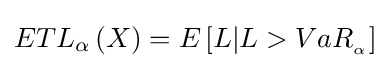
ET{L_{\alpha }}\left(X\right)=E\left[{L|L>Va{R_{_{\alpha }}}}\right]